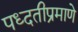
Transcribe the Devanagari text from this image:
पध्दतीप्रमाणे